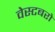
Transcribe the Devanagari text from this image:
वेस्टबरो